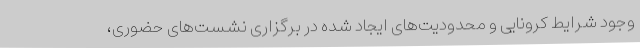
وجود شرایط کرونایی و محدودیت‌های ایجاد شده در برگزاری نشست‌های حضوری،